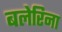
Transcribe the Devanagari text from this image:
बलेरिना